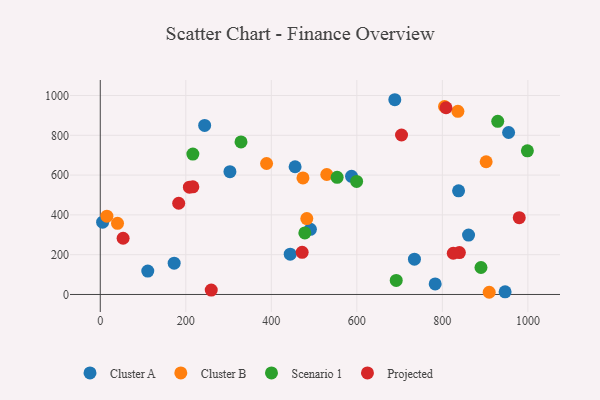
{"axis": {"x": "Engine Size", "y": "Profit"}, "legend": ["Cluster A", "Cluster B", "Projected", "Scenario 1"], "data": [{"x": "861.2", "y": 298.7, "type": "Cluster A"}, {"x": "444.2", "y": 202.4, "type": "Cluster A"}, {"x": "946.7", "y": 13.4, "type": "Cluster A"}, {"x": "837.9", "y": 520.8, "type": "Cluster A"}, {"x": "244.1", "y": 849.5, "type": "Cluster A"}, {"x": "954.9", "y": 814.1, "type": "Cluster A"}, {"x": "783.2", "y": 53.0, "type": "Cluster A"}, {"x": "455.6", "y": 642.0, "type": "Cluster A"}, {"x": "734.7", "y": 177.7, "type": "Cluster A"}, {"x": "491.4", "y": 327.7, "type": "Cluster A"}, {"x": "172.8", "y": 157.5, "type": "Cluster A"}, {"x": "688.8", "y": 978.8, "type": "Cluster A"}, {"x": "303.2", "y": 617.3, "type": "Cluster A"}, {"x": "5.5", "y": 363.2, "type": "Cluster A"}, {"x": "111.1", "y": 117.6, "type": "Cluster A"}, {"x": "587.6", "y": 594.0, "type": "Cluster A"}, {"x": "483.0", "y": 381.7, "type": "Cluster B"}, {"x": "805.0", "y": 944.7, "type": "Cluster B"}, {"x": "40.3", "y": 357.4, "type": "Cluster B"}, {"x": "15.5", "y": 393.5, "type": "Cluster B"}, {"x": "529.7", "y": 602.9, "type": "Cluster B"}, {"x": "388.9", "y": 658.3, "type": "Cluster B"}, {"x": "909.5", "y": 11.1, "type": "Cluster B"}, {"x": "902.4", "y": 667.1, "type": "Cluster B"}, {"x": "474.0", "y": 585.9, "type": "Cluster B"}, {"x": "836.3", "y": 920.5, "type": "Cluster B"}, {"x": "329.1", "y": 766.8, "type": "Scenario 1"}, {"x": "929.5", "y": 870.0, "type": "Scenario 1"}, {"x": "553.9", "y": 588.8, "type": "Scenario 1"}, {"x": "599.5", "y": 568.3, "type": "Scenario 1"}, {"x": "216.5", "y": 705.5, "type": "Scenario 1"}, {"x": "998.8", "y": 721.8, "type": "Scenario 1"}, {"x": "890.3", "y": 135.6, "type": "Scenario 1"}, {"x": "692.1", "y": 70.8, "type": "Scenario 1"}, {"x": "478.4", "y": 309.5, "type": "Scenario 1"}, {"x": "53.4", "y": 282.5, "type": "Projected"}, {"x": "839.8", "y": 210.4, "type": "Projected"}, {"x": "472.1", "y": 211.7, "type": "Projected"}, {"x": "208.4", "y": 539.4, "type": "Projected"}, {"x": "183.4", "y": 458.6, "type": "Projected"}, {"x": "825.5", "y": 207.2, "type": "Projected"}, {"x": "808.6", "y": 938.4, "type": "Projected"}, {"x": "979.8", "y": 385.9, "type": "Projected"}, {"x": "259.5", "y": 22.2, "type": "Projected"}, {"x": "704.5", "y": 801.5, "type": "Projected"}, {"x": "216.5", "y": 541.2, "type": "Projected"}]}